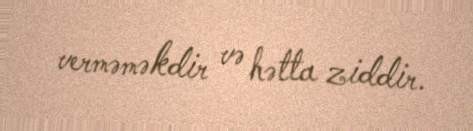
verməməkdir və hətta ziddir.